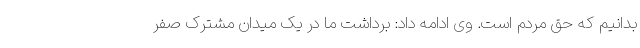
بدانیم که حق مردم است. وی ادامه داد: برداشت ما در یک میدان مشترک صفر